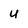
Character: U